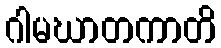
ဂါမဃာတကာတိ